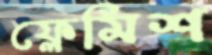
ফ্লেমিশ